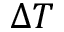
\Delta T